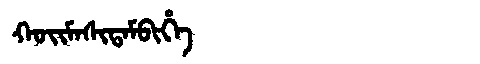
Manchu: ᡴᠣᡳᠮᠠᠰᡳᡨᠠᠮᠪᡳᡥᡝ
Romanization: KOIMASITAMBIHE